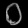
Digit: ၀